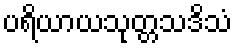
ပရိယာယသုတ္တသဒိသံ